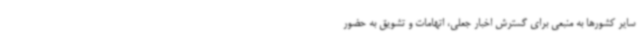
سایر کشورها به منبعی برای گسترش اخبار جعلی، اتهامات و تشویق به حضور